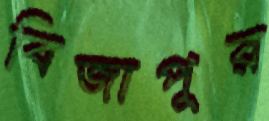
বিজাপুর